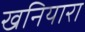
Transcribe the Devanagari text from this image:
खनियारा